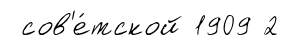
сов'е́тской 1909 2